Annual administration report of the Civil Veterinary Department of India - 1903-1904
Year: 1903
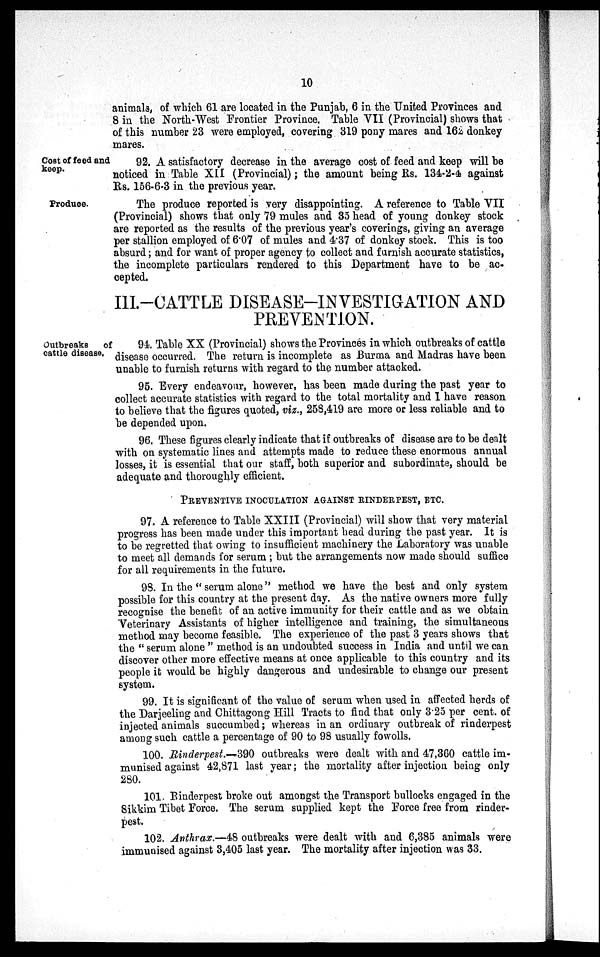
animals, of which 61 are located in the Punjab, 6 in the United Provinces and
8 in the North-West Frontier Province. Table VII (Provincial) shows that
of this number 23 were employed, covering 319 pony mares and 162 donkey
mares.
Cost of feed and
keep.
92. A satisfactory decrease in the average cost of feed and keep will be
noticed in Table XII (Provincial); the amount being Rs. 134-2-4 against
Rs. 156-6-3 in the previous year.
Produce.
The produce reported is very disappointing. A reference to Table VII
(Provincial) shows that only 79 mules and 35 head of young donkey stock
are reported as the results of the previous year's coverings, giving an average
per stallion employed of 6.07 of mules and 4.37 of donkey stock. This is too
absurd; and for want of proper agency to collect and furnish accurate statistics,
the incomplete particulars rendered to this Department have to be ac-
cepted.
III.-CATTLE DISEASE-INVESTIGATION AND
PREVENTION.
Outbreaks of
cattle disease,
94. Table XX (Provincial) shows the Provinces in which outbreaks of cattle
disease occurred. The return is incomplete as Burma and Madras have been
unable to furnish returns with regard to the number attacked.
95. Every endeavour, however, has been made during the past year to
collect accurate statistics with regard to the total mortality and I have reason
to believe that the figures quoted, viz., 258,419 are more or less reliable and to
be depended upon.
96. These figures clearly indicate that if outbreaks of disease are to be dealt
with on systematic lines and attempts made to reduce these enormous annual
losses, it is essential that our staff, both superior and subordinate, should be
adequate and thoroughly efficient.
PREVENTIVE INOCULATION AGAINST RINDERPEST, ETC.
97. A reference to Table XXIII (Provincial) will show that very material
progress has been made under this important head during the past year. It is
to be regretted that owing to insufficient machinery the Laboratory was unable
to meet all demands for serum; but the arrangements now made should suffice
for all requirements in the future.
98. In the "serum alone" method we have the best and only system
possible for this country at the present day. As the native owners more fully
recognise the benefit of an active immunity for their cattle and as we obtain
Veterinary Assistants of higher intelligence and training, the simultaneous
method may become feasible. The experience of the past 3 years shows that
the "serum alone" method is an undoubted success in India and until we can
discover other more effective means at once applicable to this country and its
people it would be highly dangerous and undesirable to change our present
system.
99. It is significant of the value of serum when used in affected herds of
the Darjeeling and Chittagong Hill Tracts to find that only 3.25 per cent. of
injected animals succumbed; whereas in an ordinary outbreak of rinderpest
among such cattle a percentage of 90 to 98 usually fowolls.
100. Rinderpest.-390 outbreaks were dealt with and 47,360 cattle im-
munised against 42,871 last year; the mortality after injection being only
280.
101. Rinderpest broke out amongst the Transport bullocks engaged in the
Sikkim Tibet Force. The serum supplied kept the Force free from rinder-
pest.
102. Anthrax.—48 outbreaks were dealt with and 6,385 animals were
immunised against 3,405 last year. The mortality after injection was 33.